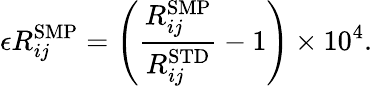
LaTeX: \epsilon R_{ij}^{\mathrm{{SMP}}}={\left(\frac{R_{ij}^{\mathrm{{SMP}}}}{R_{ij}^{\mathrm{{STD}}}}-1\right)}\times 10^{4}.